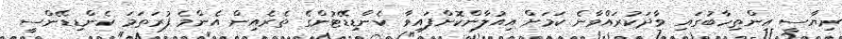
ރިޔާސީ އިންތިހާބުގައި ވާދަކުރައްވާނެ ކަމަށް އިއުލާންކޮށްފައިވާ ކެންޑިޑޭޓުންގެ ތެރެއިން އެންމެ ފުރަތަމަ ކެންޑިޑޭންސީ